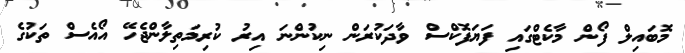
މޮބައިލް ފޯން މާކެޓްގައި ފަޔަފޮކްސް ވާދަކުރަން ނިކުންނަ އިރު ކުރިމަތިލާންޖެހޭ އޯއެސް ތަކުގެ